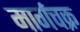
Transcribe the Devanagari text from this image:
मार्गचक्र